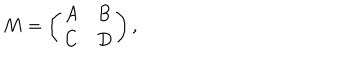
M = \left( \begin{array} { l l } { { A } } & { { B } } \\ { { C } } & { { D } } \\ \end{array} \right) ,